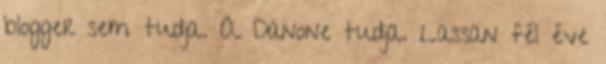
blogger sem tudja. A Danone tudja. Lassan fél éve